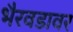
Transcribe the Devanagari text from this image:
भैरवडावर